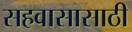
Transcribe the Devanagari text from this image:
सहवासासाठी